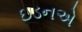
ઇડનએ